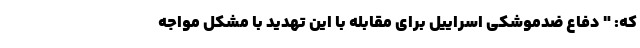
که: " دفاع ضدموشکی اسراییل برای مقابله با این تهدید با مشکل مواجه